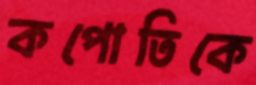
কপোতিকে